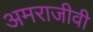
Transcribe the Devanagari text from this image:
अमराजीवी